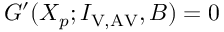
G ^ { \prime } ( X _ { p } ; I _ { \mathrm { V , A V } } , B ) = 0